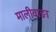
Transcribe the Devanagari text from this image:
मालीवाङा